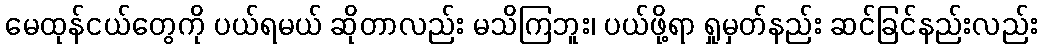
မေထုန်ငယ်တွေကို ပယ်ရမယ် ဆိုတာလည်း မသိကြဘူး၊ ပယ်ဖို့ရာ ရှုမှတ်နည်း ဆင်ခြင်နည်းလည်း